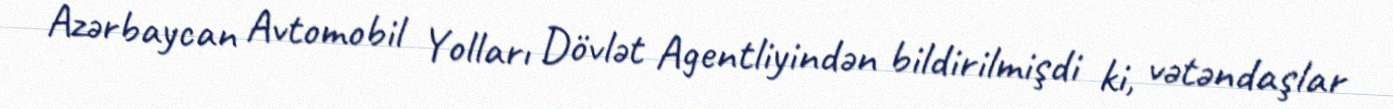
Azərbaycan Avtomobil Yolları Dövlət Agentliyindən bildirilmişdi ki, vətəndaşlar